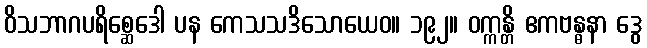
ဝိသဘာဂပရိစ္ဆေဒေါ ပန ကေသသဒိသောယေဝ။ ၁၉၂။ ဝက္ကန္တိ ဧကဗန္ဓနာ ဒွေ